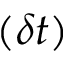
( \delta t )